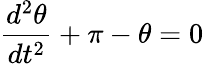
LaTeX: {\frac{d^{2}\theta}{dt^{2}}}+\pi-\theta=0